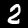
Label: 2